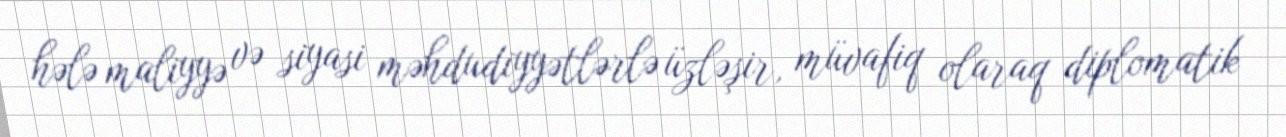
hələ maliyyə və siyasi məhdudiyyətlərlə üzləşir, müvafiq olaraq diplomatik